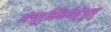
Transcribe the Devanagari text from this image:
अंचुपुळ्ळियेट्टेषु़त्तु